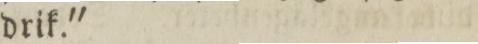
drik.'